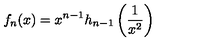
f _ { n } ( x ) = x ^ { n - 1 } h _ { n - 1 } \left( \frac { 1 } { x ^ { 2 } } \right)